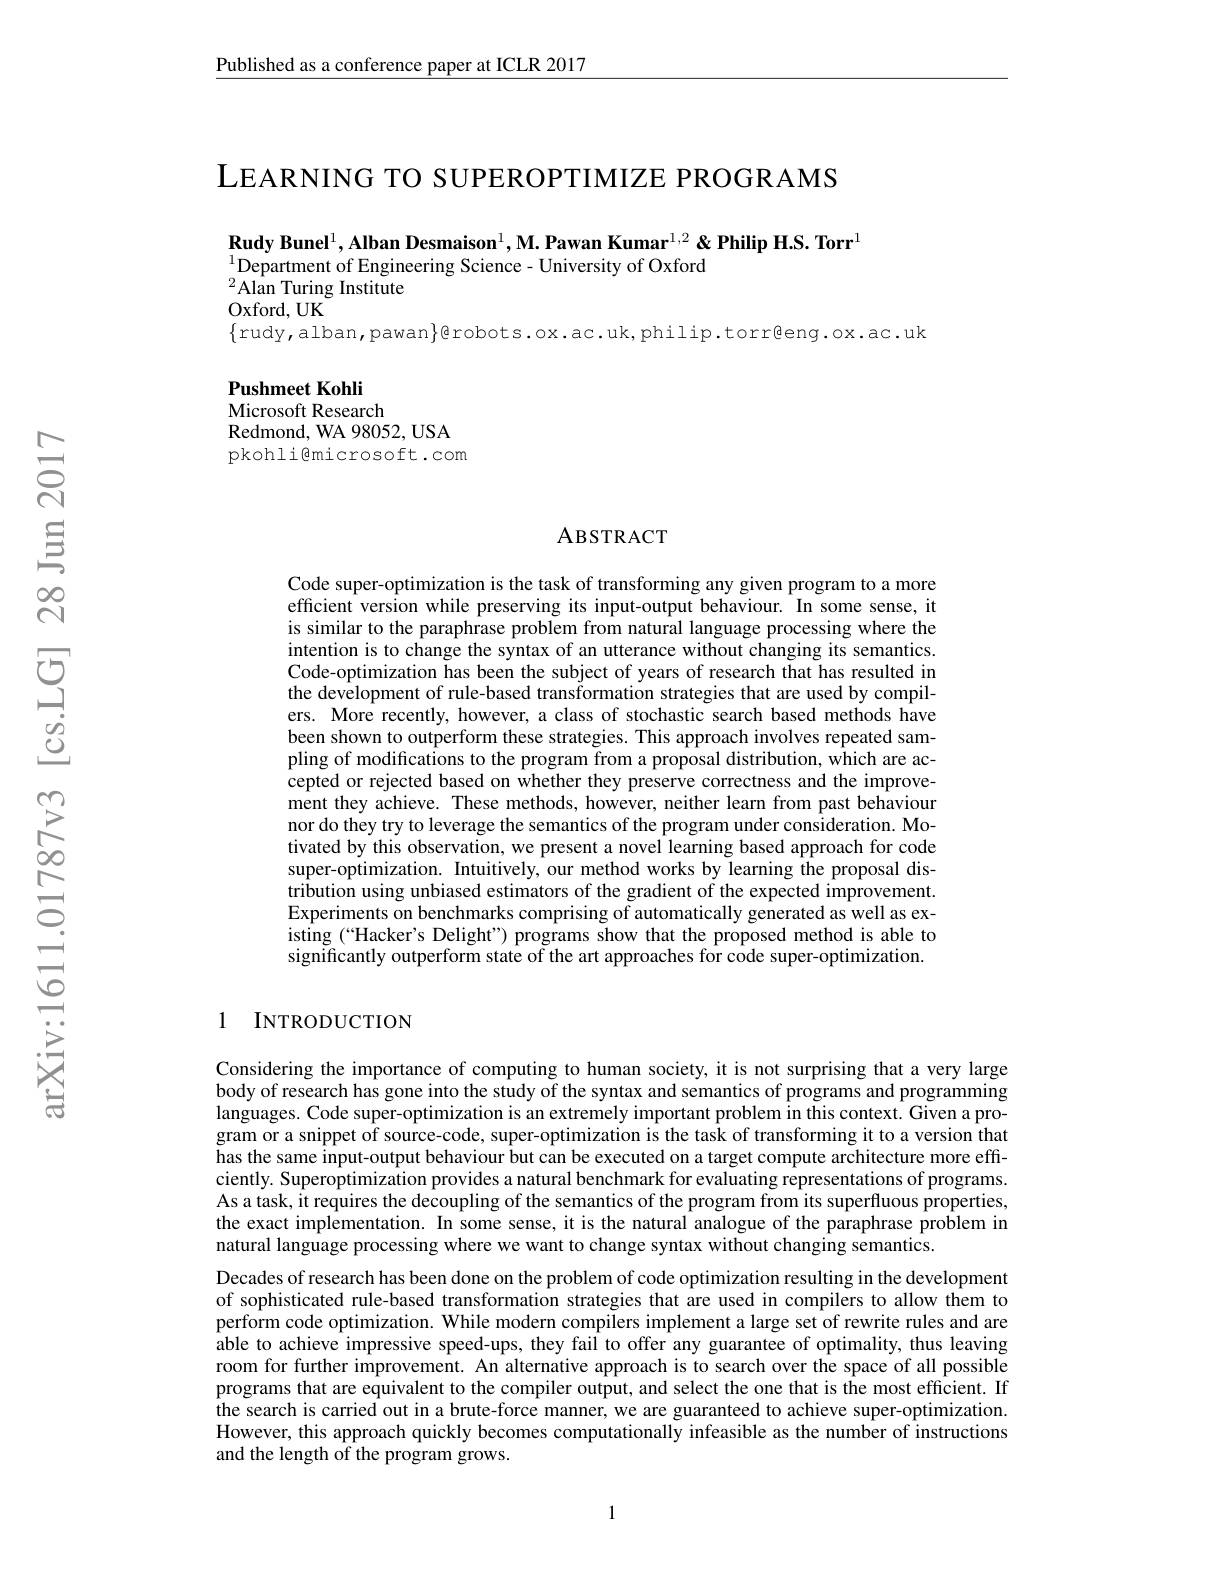
$\underline{\text{Published as a conference paper at ICLR 2017}}$

LEARNING TO SUPEROPTIMIZE PROGRAMS

$\textbf{Rudy Bunel}^1,\textbf{Alban Desmaison}^1,\text{M. Pawan Kumar}^{1,2}$&Philip H.S. Torr
$^{1}$Department of Engineering Science- University of Oxford
$^{2}\hat{\text{Alan Turing Institute}}$
Oxford, UK

$\{$rudy,alban,pawan$\}$@robots.ox.ac.uk,philip.torrgeng.ox.ac.uk

Pushmeet Kohli
Microsoft Research
Redmond, WA 98052, USA pkohli@microsoft.com

### ABSTRACT

Code super-optimization is the task of transforming any given program to a more efficient version while preserving its input-output behaviour. In some sense, it is similar to the paraphrase problem from natural language processing where the intention is to change the syntax of an utterance without changing its semantics. Code-optimization has been the subject of years of research that has resulted in the development of rule-based transformation strategies that are used by compilers. More recently, however, a class of stochastic search based methods have been shown to outperform these strategies. This approach involves repeated sampling of modifications to the program from a proposal distribution, which are accepted or rejected based on whether they preserve correctness and the improvement they achieve. These methods, however, neither learn from past behaviour nor do they try to leverage the semantics of the program under consideration. Motivated by this observation, we present a novel learning based approach for code super-optimization. Intuitively, our method works by learning the proposal distribution using unbiased estimators of the gradient of the expected improvement. Experiments on benchmarks comprising of automatically generated as well as existing (“Hacker's Delight”) programs show that the proposed method is able to significantly outperform state of the art approaches for code super-optimization.

### 1 INTRODUCTION

Considering the importance of computing to human society, it is not surprising that a very large body of research has gone into the study of the syntax and semantics of programs and programming languages. Code super-optimization is an extremely important problem in this context. Given a program or a snippet of source-code, super-optimization is the task of transforming it to a version that has the same input-output behaviour but can be executed on a target compute architecture more efficiently. Superoptimization provides a natural benchmark for evaluating representations of programs. As a task, it requires the decoupling of the semantics of the program from its superfluous properties, the exact implementation. In some sense, it is the natural analogue of the paraphrase problem in natural language processing where we want to change syntax without changing semantics.
Decades of research has been done on the problem of code optimization resulting in the development of sophisticated rule-based transformation strategies that are used in compilers to allow them to perform code optimization. While modern compilers implement a large set of rewrite rules and are able to achieve impressive speed-ups, they fail to offer any guarantee of optimality, thus leaving room for further improvement. An alternative approach is to search over the space of all possible programs that are equivalent to the compiler output, and select the one that is the most efficient. If $\hat{\text{the search is carried out in a brute-force manner, we are guaranteed to achieve super-optimization.}}$ However, this approach quickly becomes computationally infeasible as the number of instructions and the length of the program grows.

1